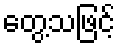
တွေ့သဖြင့်